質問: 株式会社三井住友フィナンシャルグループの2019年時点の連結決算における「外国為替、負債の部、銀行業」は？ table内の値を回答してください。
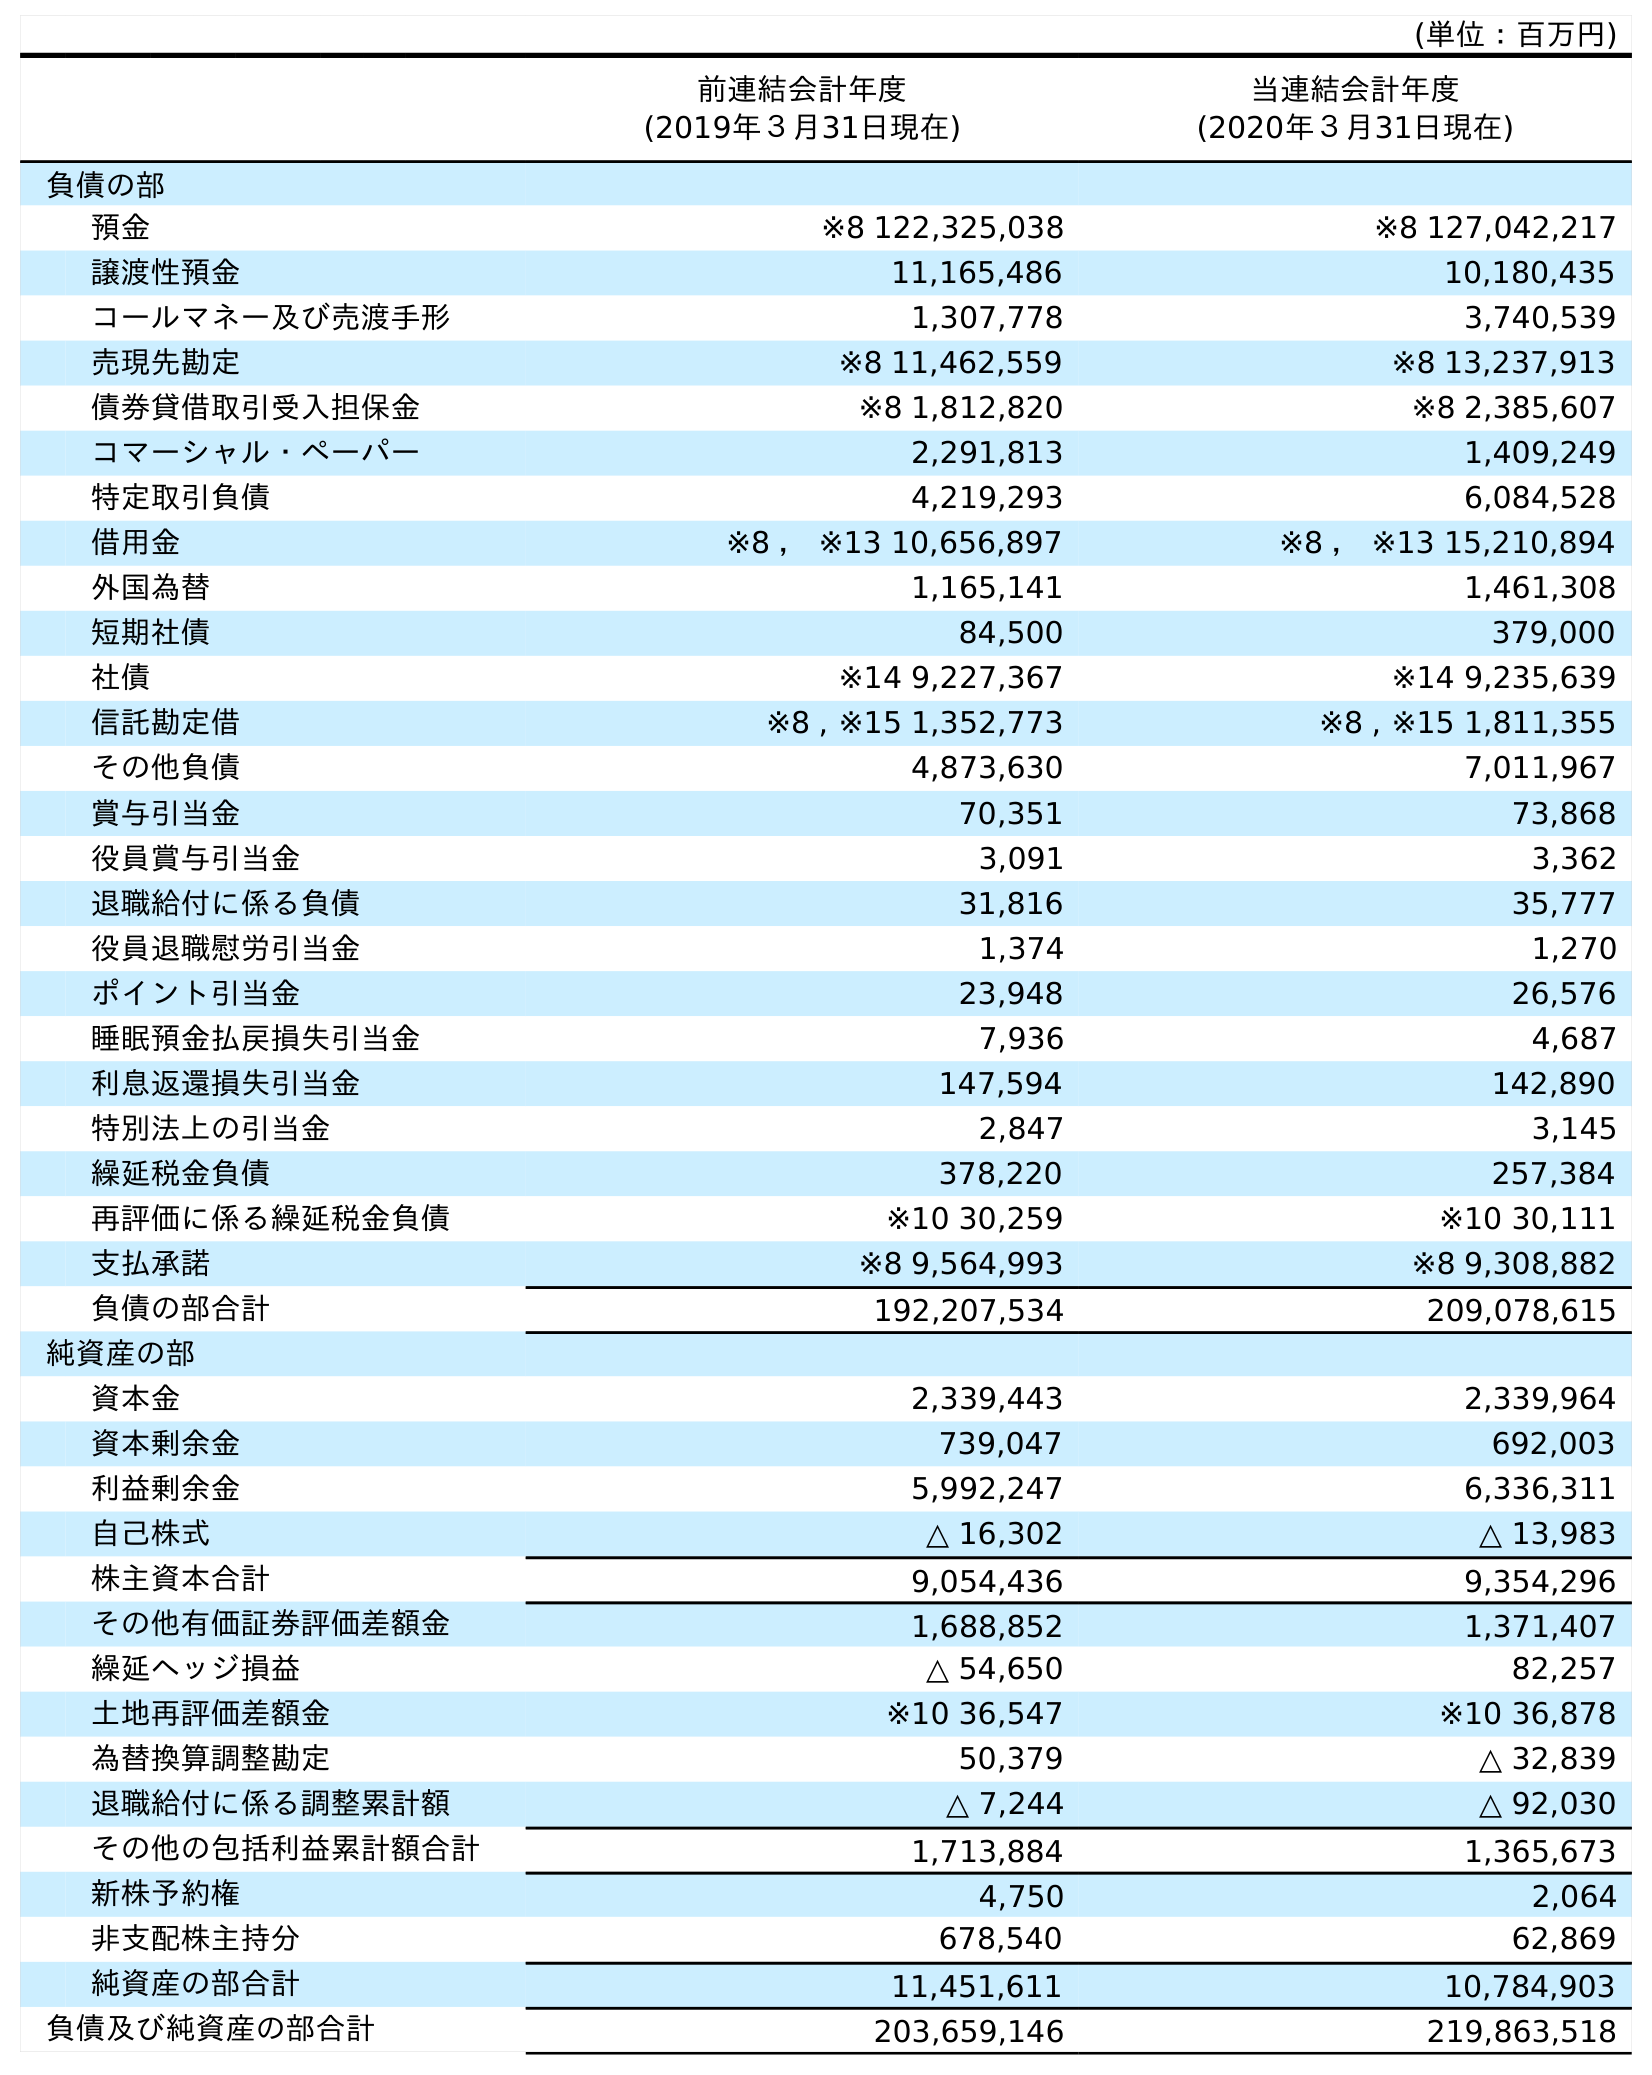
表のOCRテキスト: (単位：百万円) 前連結会計年度 (2019年３月31日現在) 当連結会計年度 (2020年３月31日現在) 負債の部 預金 ※8 122,325,038 ※8 127,042,217 譲渡性預金 11,165,486 10,180,435 コールマネー及び売渡手形 1,307,778 3,740,539 売現先勘定 ※8 11,462,559 ※8 13,237,913 債券貸借取引受入担保金 ※8 1,812,820 ※8 2,385,607 コマーシャル・ペーパー 2,291,813 1,409,249 特定取引負債 4,219,293 6,084,528 借用金 ※8 ， ※13 10,656,897 ※8 ， ※13 15,210,894 外国為替 1,165,141 1,461,308 短期社債 84,500 379,000 社債 ※14 9,227,367 ※14 9,235,639 信託勘定借 ※8 , ※15 1,352,773 ※8 , ※15 1,811,355 その他負債 4,873,630 7,011,967 賞与引当金 70,351 73,868 役員賞与引当金 3,091 3,362 退職給付に係る負債 31,816 35,777 役員退職慰労引当金 1,374 1,270 ポイント引当金 23,948 26,576 睡眠預金払戻損失引当金 7,936 4,687 利息返還損失引当金 147,594 142,890 特別法上の引当金 2,847 3,145 繰延税金負債 378,220 257,384 再評価に係る繰延税金負債 ※10 30,259 ※10 30,111 支払承諾 ※8 9,564,993 ※8 9,308,882 負債の部合計 192,207,534 209,078,615 純資産の部 資本金 2,339,443 2,339,964 資本剰余金 739,047 692,003 利益剰余金 5,992,247 6,336,311 自己株式 △ 16,302 △ 13,983 株主資本合計 9,054,436 9,354,296 その他有価証券評価差額金 1,688,852 1,371,407 繰延ヘッジ損益 △ 54,650 82,257 土地再評価差額金 ※10 36,547 ※10 36,878 為替換算調整勘定 50,379 △ 32,839 退職給付に係る調整累計額 △ 7,244 △ 92,030 その他の包括利益累計額合計 1,713,884 1,365,673 新株予約権 4,750 2,064 非支配株主持分 678,540 62,869 純資産の部合計 11,451,611 10,784,903 負債及び純資産の部合計 203,659,146 219,863,518
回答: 1,165,141